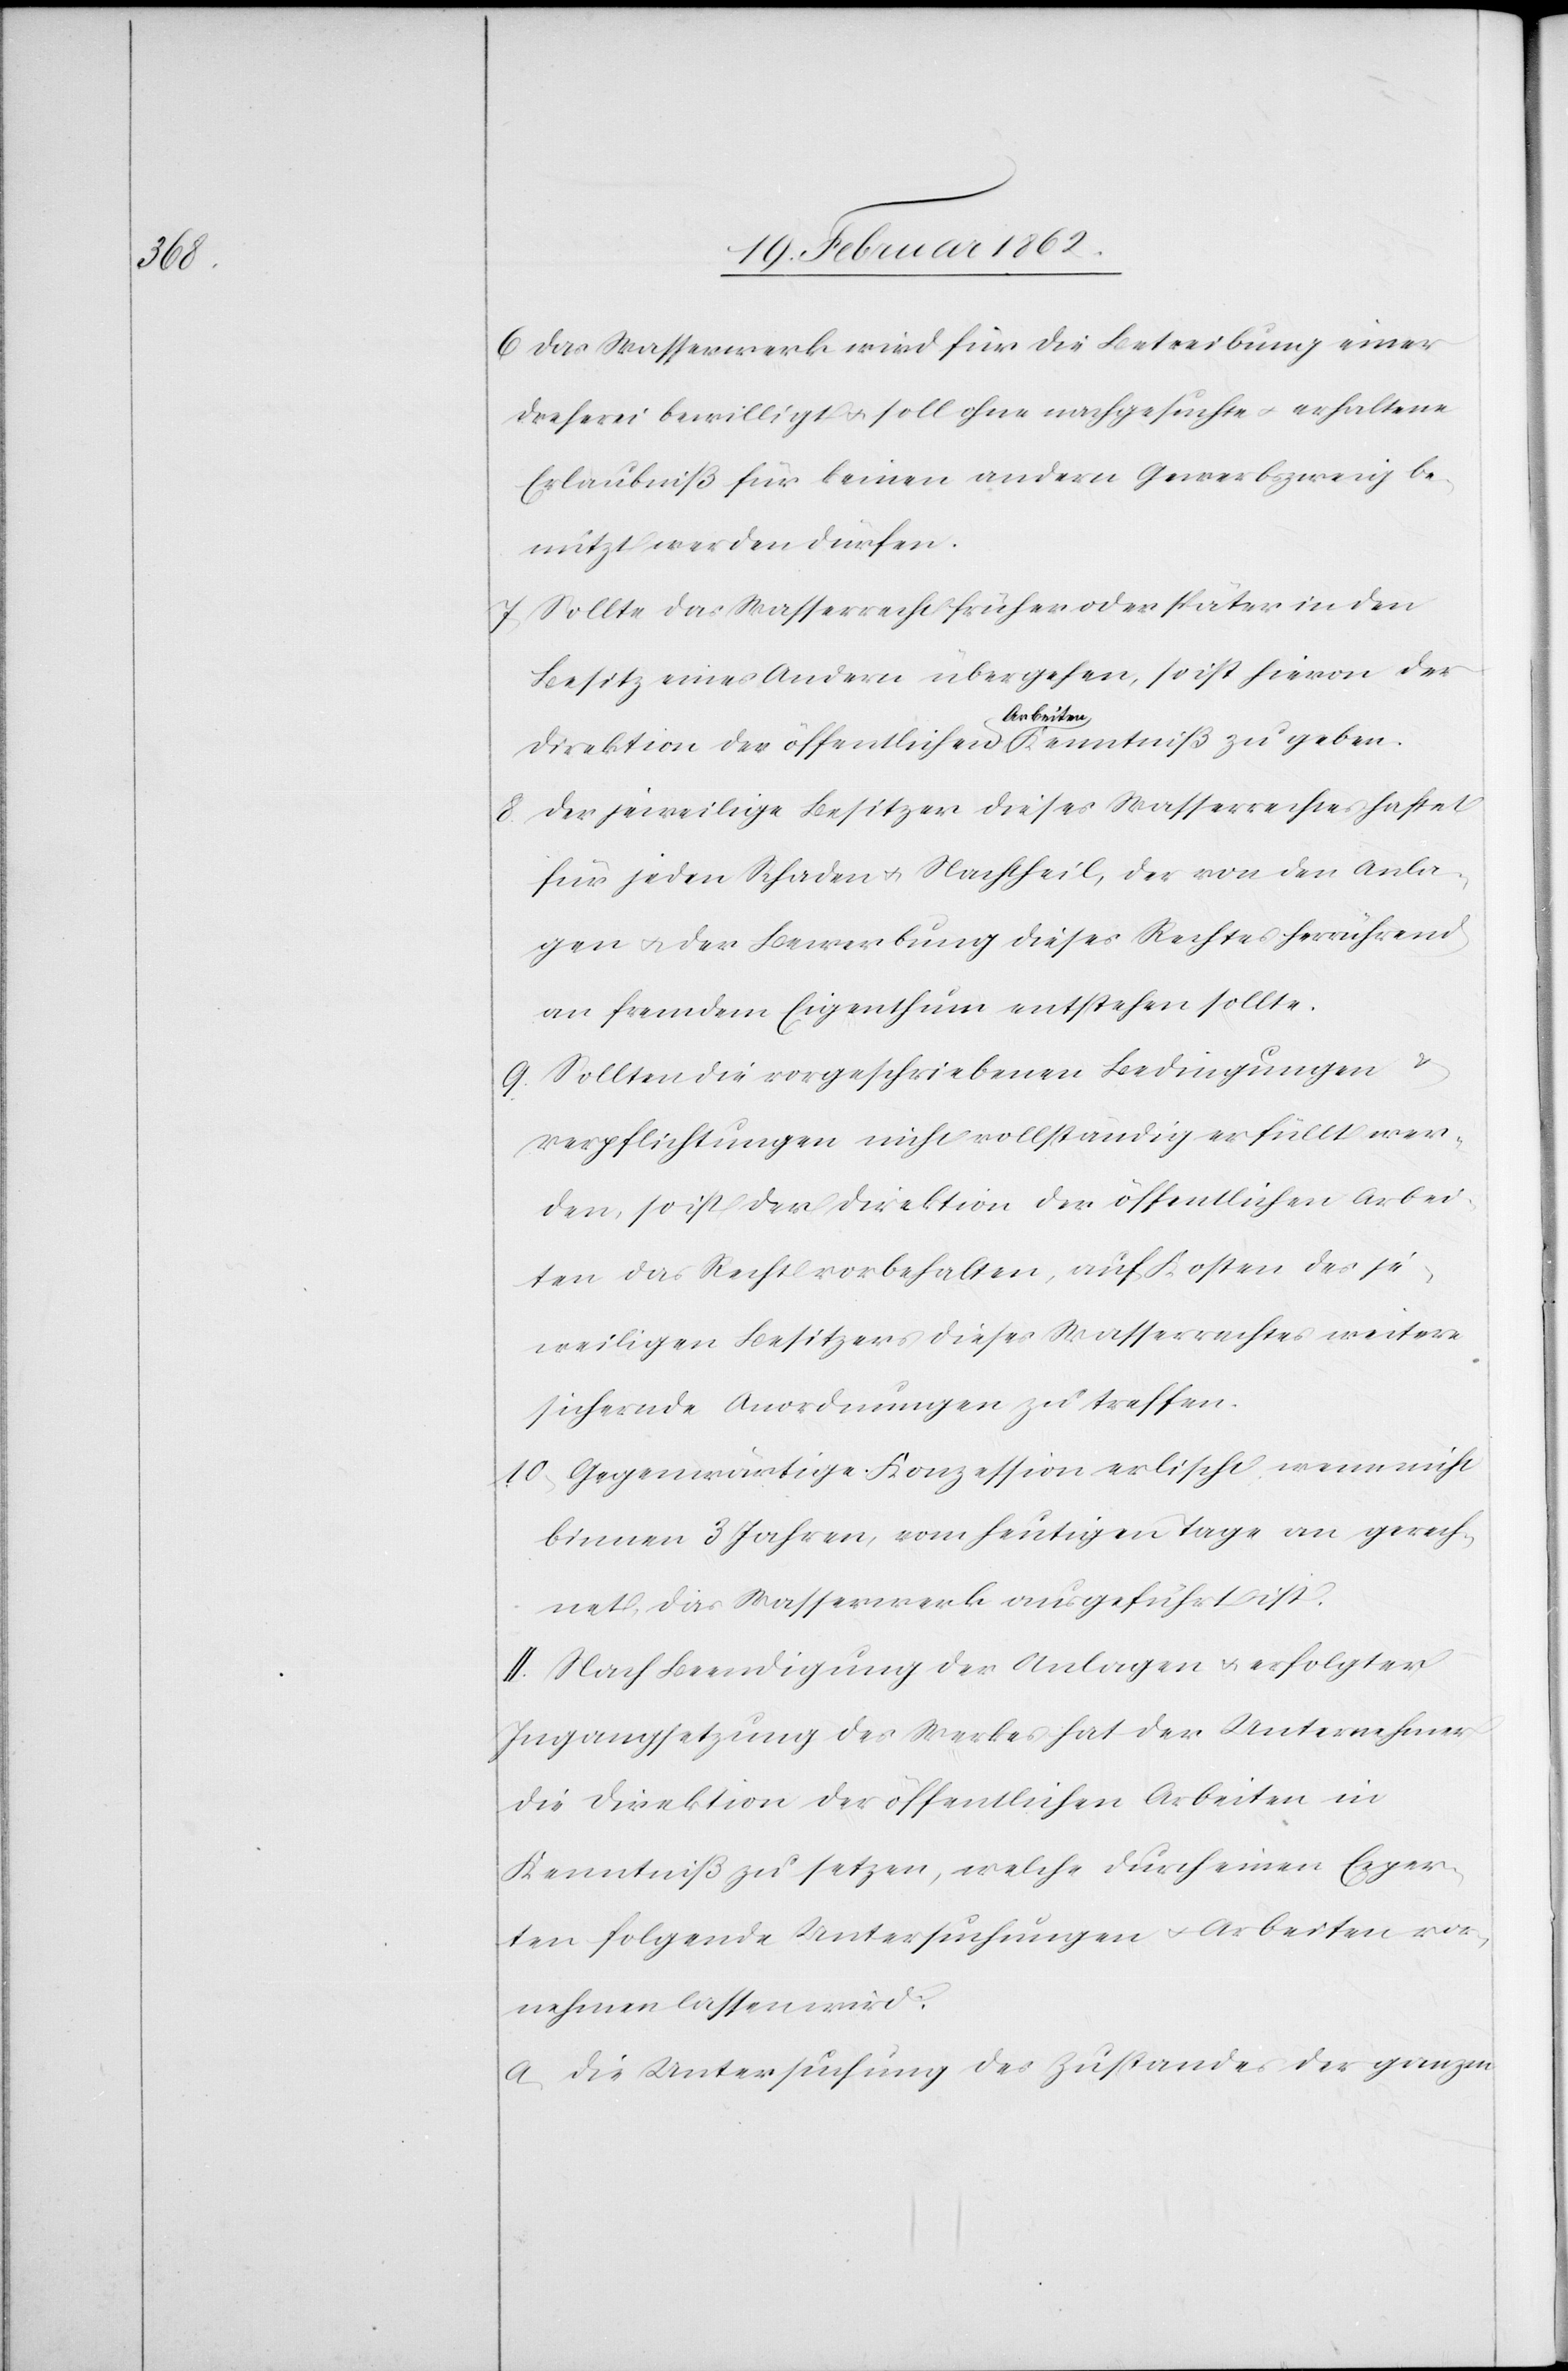
6) Das Wasserwerk wird für die Betreibung einer
Dreherei bewilligt u. soll ohne nachgesuchte u. erhaltene
Erlaubniß für keinen andern Gewerbszweig be¬
nützt werden dürfen.
7) Sollte das Wasserrecht früher oder später in den
Besitz eines Andern übergehen, so ist hievon der
Direktion der öffentlichen Arbeiten Kenntniß zu geben.
8) Der jeweilige Besitzer dieses Wasserrechtes haftet
für jeden Schaden u. Nachtheil, der von den Anla¬
gen u. der Bewerbung dieses Rechtes herrührend
an fremdem Eigenthum entstehen sollte.
9) Sollten die vorgeschriebenen Bedingungen
Verpflichtungen nicht vollständig erfüllt wer¬
den, so ist der Direktion der öffentlichen Arbei¬
ten das Recht vorbehalten, auf Kosten des je¬
weiligen Besitzers dieses Wasserrechtes weitere
sichernde Anordnungen zu treffen.
10) Gegenwärtige Konzession erlischt wenn nicht
binnen 3 Jahren, vom heutigen Tage an gerech¬
net, das Wasserwerk ausgeführt ist.
II. Nach Beendigung der Anlagen u. erfolgter
Ingangsetzung des Werkes hat der Unternehmer
die Direktion der öffentlichen Arbeiten in
Kenntniß zu setzen, welche durch einen Exper¬
ten folgende Untersuchungen u. Arbeiten vor¬
nehmen lassen wird:
a) Die Untersuchung des Zustandes der ganzen